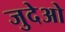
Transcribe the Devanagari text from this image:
जुदेओ